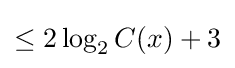
\leq 2\log _{2}C(x)+3